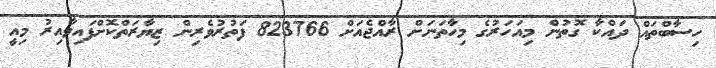
ހިސާބްތައް ދައްކާ ގޮތުން މިއަހަރުގެ މިހާތަނަށް ރާއްޖެއަށް 823766 ފަތުރުވެރިން ޒިޔާރަތްކޮށްފައިވާއިރު މިއީ